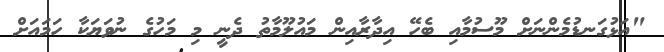
"އަޅުގަނޑުމެންނަށް މޫސުމާއި ބެހޭ އިދާރާއިން މައުލޫމާތު ދެނީ މި މަހުގެ ނުވަޔަކާ ހަމައަށް